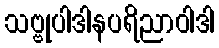
သဗ္ဗုပါဒါနပရိညာဝါဒါ